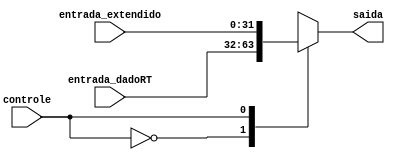
module MUX_2 (entrada_dadoRT, entrada_extendido, saida, controle);

	// input
	input [31:0] entrada_dadoRT;
	input [31:0] entrada_extendido;
	input controle;
	
	// output 
	output reg [31:0] saida;
	
	always @ (*) begin
		
		case(controle)
			1'b0: saida = entrada_dadoRT;
			1'b1: saida = entrada_extendido;
		endcase
	end
endmodule